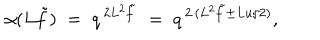
LaTeX: \alpha ( L \tilde { f } ) \; = \; q ^ { \, 2 L ^ { 2 } \tilde { f } } \; = \; q ^ { \, 2 \, ( L ^ { 2 } \tilde { f } \pm L u / 2 ) } ,